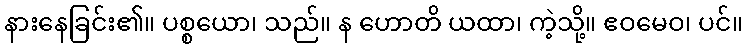
နားနေခြင်း၏။ ပစ္စယော၊ သည်။ န ဟောတိ ယထာ၊ ကဲ့သို့။ ဧဝမေဝ၊ ပင်။